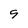
Character: 9